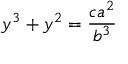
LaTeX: y ^ { 3 } + y ^ { 2 } = { \frac { c a ^ { 2 } } { b ^ { 3 } } }